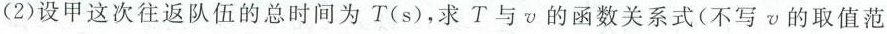
(2)设甲这次往返队伍的总时间为T(s)，求T与v的函数关系式(不写v的取值范